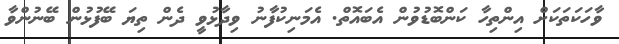
ވާހަކަތަކަށް އިންތިހާ ކަންބޮޑުވުން އެބައޮތް. އެމަނިކުފާނު ވިދާޅުވީ ދެން ތިޔަ ބޭފުޅުން ބޭނުންވާ